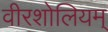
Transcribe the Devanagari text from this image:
वीरशोलियम्